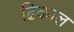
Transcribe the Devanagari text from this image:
ढिकाल